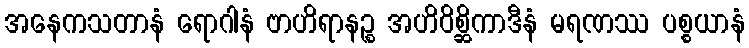
အနေကသတာနံ ရောဂါနံ ဗာဟိရာနဉ္စ အဟိဝိစ္ဆိကာဒီနံ မရဏဿ ပစ္စယာနံ